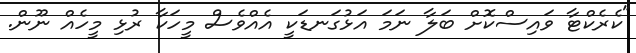
"ކެރެކްޓާ ވައިސްކޮށް ބަލާ ނަމަ އަޅުގަނޑަކީ އެއްވެސް މީހަކާ ރުޅި މީހެއް ނޫން.